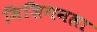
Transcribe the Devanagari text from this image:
मिशिगनला